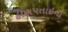
હીણપતાઇના